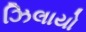
ઝિલાયો